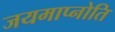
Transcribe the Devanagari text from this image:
जयमाप्नोति